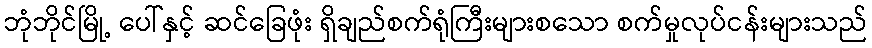
ဘုံဘိုင်မြို့ ပေါ်နှင့် ဆင်ခြေဖုံး ရှိချည်စက်ရုံကြီးများစသော စက်မှုလုပ်ငန်းများသည်